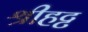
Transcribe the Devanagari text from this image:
श्रीहट्ट